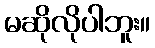
မဆိုလိုပါဘူး။